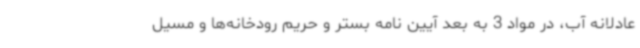
عادلانه آب، در مواد 3 به بعد آیین نامه بستر و حریم رودخانه‌ها و مسیل